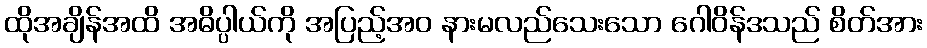
ထိုအချိန်အထိ အဓိပ္ပါယ်ကို အပြည့်အဝ နားမလည်သေးသော ဂေါဝိန်ဒသည် စိတ်အား